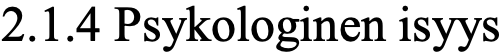
2.1.4 Psykologinen isyys